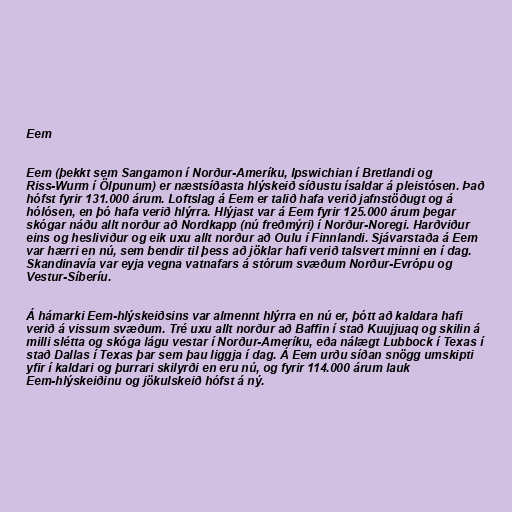
Eem

Eem (þekkt sem Sangamon í Norður-Ameríku, Ipswichian í Bretlandi og
Riss-Wurm í Ölpunum) er næstsíðasta hlýskeið síðustu ísaldar á pleistósen. Það
hófst fyrir 131.000 árum. Loftslag á Eem er talið hafa verið jafnstöðugt og á
hólósen, en þó hafa verið hlýrra. Hlýjast var á Eem fyrir 125.000 árum þegar
skógar náðu allt norður að Nordkapp (nú freðmýri) í Norður-Noregi. Harðviður
eins og hesliviður og eik uxu allt norður að Oulu í Finnlandi. Sjávarstaða á Eem
var hærri en nú, sem bendir til þess að jöklar hafi verið talsvert minni en í dag.
Skandinavía var eyja vegna vatnafars á stórum svæðum Norður-Evrópu og
Vestur-Síberíu.

Á hámarki Eem-hlýskeiðsins var almennt hlýrra en nú er, þótt að kaldara hafi
verið á vissum svæðum. Tré uxu allt norður að Baffin í stað Kuujjuaq og skilin á
milli slétta og skóga lágu vestar í Norður-Ameríku, eða nálægt Lubbock í Texas í
stað Dallas í Texas þar sem þau liggja í dag. Á Eem urðu síðan snögg umskipti
yfir í kaldari og þurrari skilyrði en eru nú, og fyrir 114.000 árum lauk
Eem-hlýskeiðinu og jökulskeið hófst á ný.